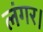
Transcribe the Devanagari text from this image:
लंगर।